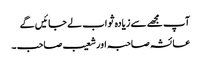
آپ مجھے سے زیادہ ثواب لے جائیں گے
عائشہ صاحبہ اور شعیب صاحب ۔